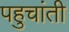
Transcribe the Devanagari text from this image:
पहुचांती